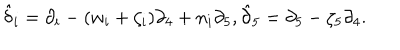
\hat { { \delta } } _ { i } = \partial _ { i } - ( w _ { i } + \zeta _ { i } ) \partial _ { 4 } + n _ { i } \partial _ { 5 } , \hat { { \partial } } _ { 5 } = \partial _ { 5 } - \zeta _ { 5 } \partial _ { 4 } .